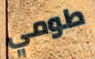
طومي